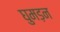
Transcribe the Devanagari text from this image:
घुमड़न